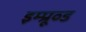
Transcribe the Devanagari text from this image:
इम्प्रूव्ड